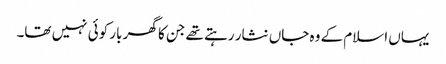
یہاں اسلام کے وہ جاں نثار رہتے تھے جن کا گھر بار کوئی نہیں تھا۔